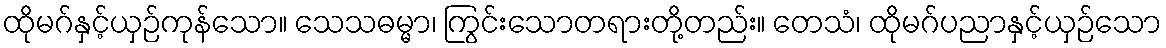
ထိုမဂ်နှင့်ယှဉ်ကုန်သော။ သေသဓမ္မာ၊ ကြွင်းသောတရားတို့တည်း။ တေသံ၊ ထိုမဂ်ပညာနှင့်ယှဉ်သော